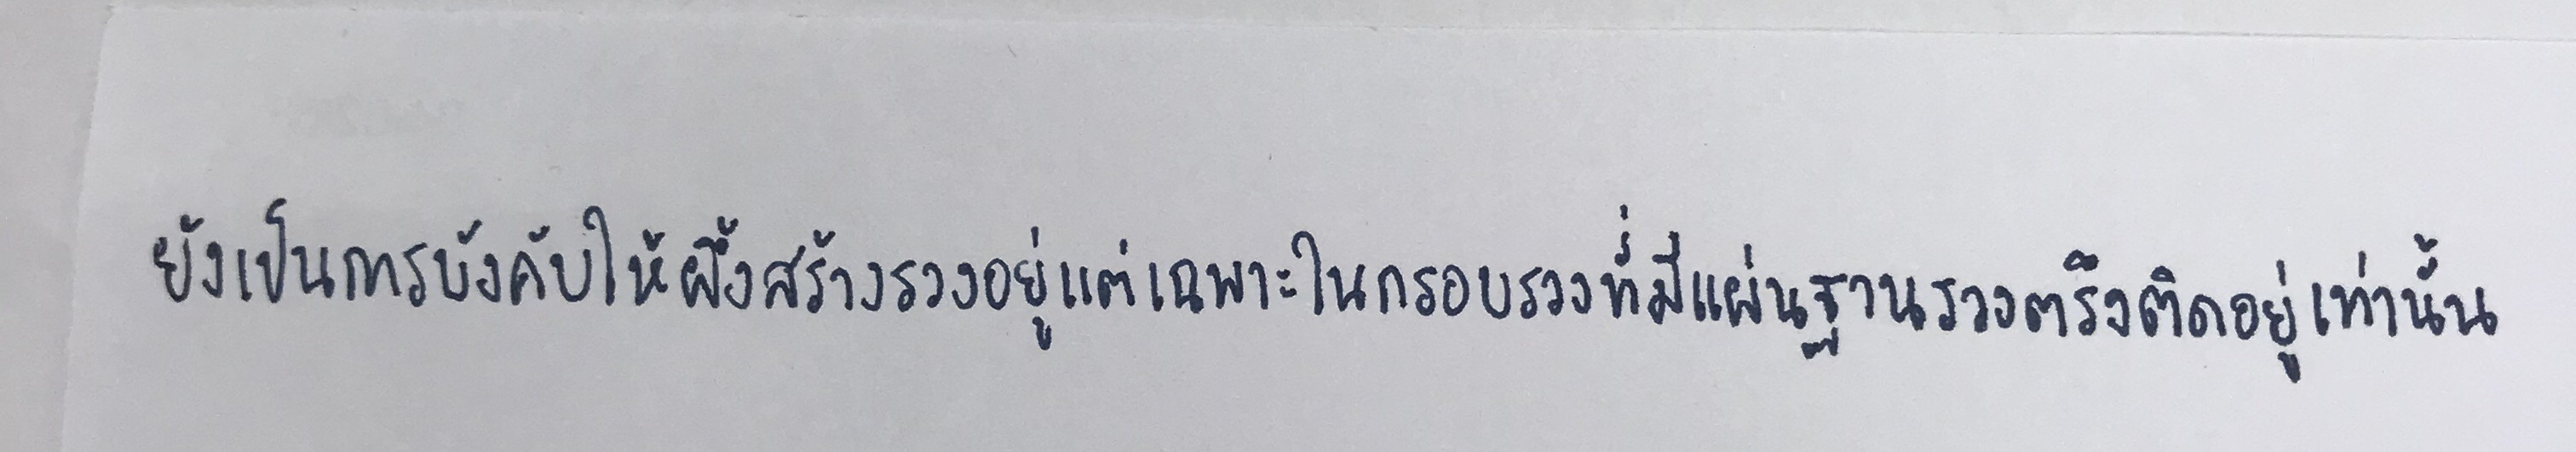
ยังเป็นการบังคับให้ผึ้งสร้างรวงอยู่แต่เฉพาะในกรอบรวงที่มีแผ่นฐานรวงตรึงติดอยู่เท่านั้น